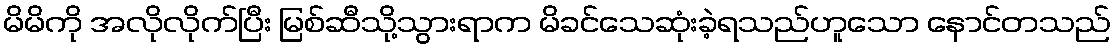
မိမိကို အလိုလိုက်ပြီး မြစ်ဆီသို့သွားရာက မိခင်သေဆုံးခဲ့ရသည်ဟူသော နောင်တသည်